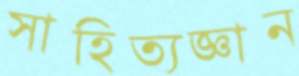
সাহিত্যজ্ঞান